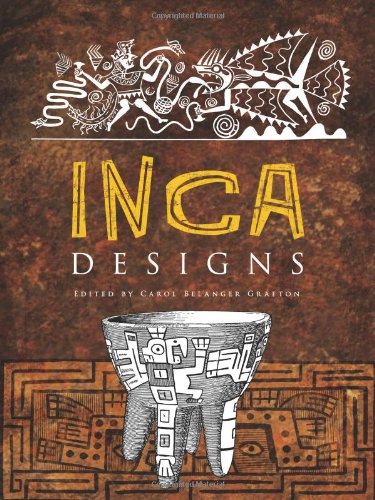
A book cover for Inca Designs (Dover Pictorial Archive); History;